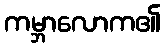
ကမ္ဘာလောက၏